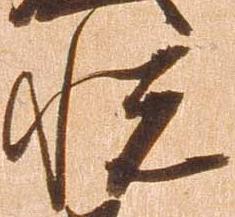
悦